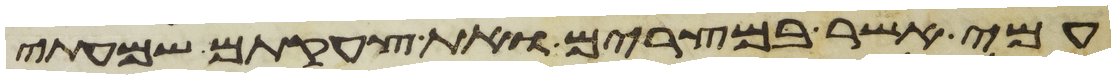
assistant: עמי אשר במצרים ואת צעקתם שמעתי